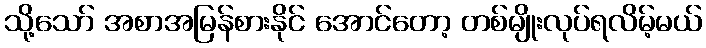
သို့သော် အစာအမြန်စားနိုင် အောင်တော့ တစ်မျိုးလုပ်ရလိမ့်မယ်